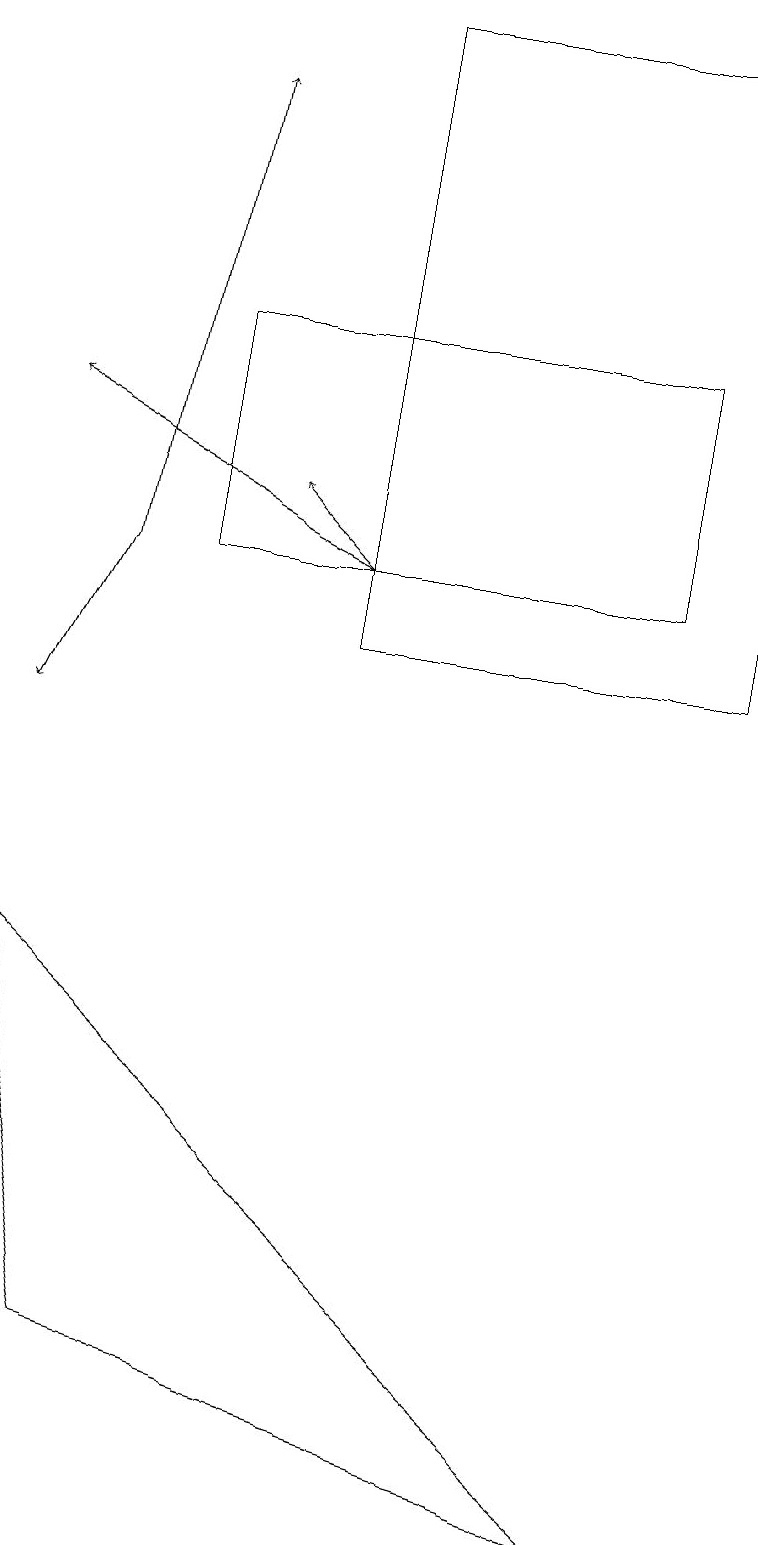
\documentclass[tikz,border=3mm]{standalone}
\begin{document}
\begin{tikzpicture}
\draw (1,2) -- (8,0) -- (0,7) -- cycle;
\draw (9,19) rectangle (4,11);
\draw[->] (4,12) -- (3,13);
\draw[->] (4,12) -- (0,14);
\draw (2,15) rectangle (8,12);
\draw[->] (1,12) -- (2,18);
\draw[->] (1,12) -- (0,10);
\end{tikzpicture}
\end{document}